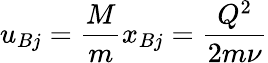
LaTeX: u_{Bj}=\frac{M}{m}x_{Bj}=\frac{Q^{2}}{2m\nu}